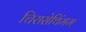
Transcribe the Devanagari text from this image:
चिरासेथिंमम